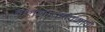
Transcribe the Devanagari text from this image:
बालनाटकांप्रमाणे